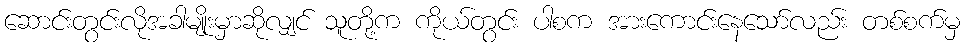
ဆောင်းတွင်းလိုအခါမျိုးမှာဆိုလျှင် သူတို့က ကိုယ်တွင်း ပါစက အားကောင်းနေသော်လည်း တစ်စက်မှ